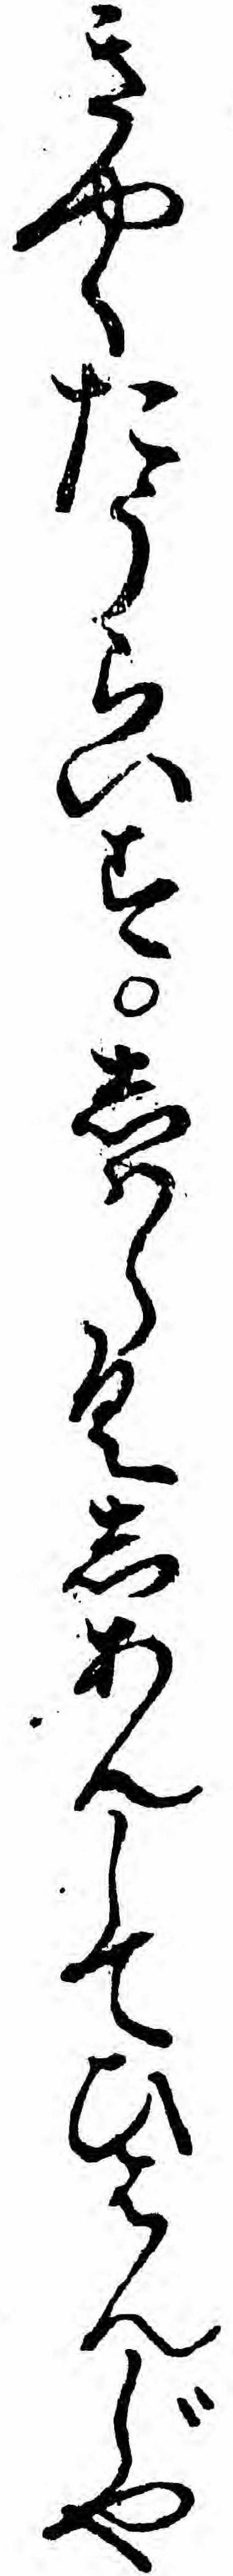
きやくたうらいすしハらくしあんしてひはんじや